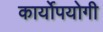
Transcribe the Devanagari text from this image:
कार्योपयोगी